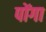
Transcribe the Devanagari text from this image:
पोंगा